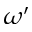
\omega ^ { \prime }